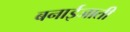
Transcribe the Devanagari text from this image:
बनाईजाती